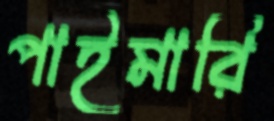
পাইমারি